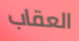
العقاب